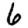
Digit: 6